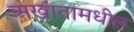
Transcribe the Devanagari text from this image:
अखातामधील